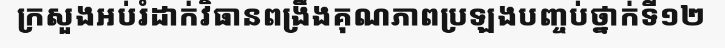
ក្រសួងអប់រំដាក់វិធានពង្រឹងគុណភាពប្រឡងបញ្ចប់ថ្នាក់ទី១២